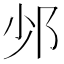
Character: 𨙹